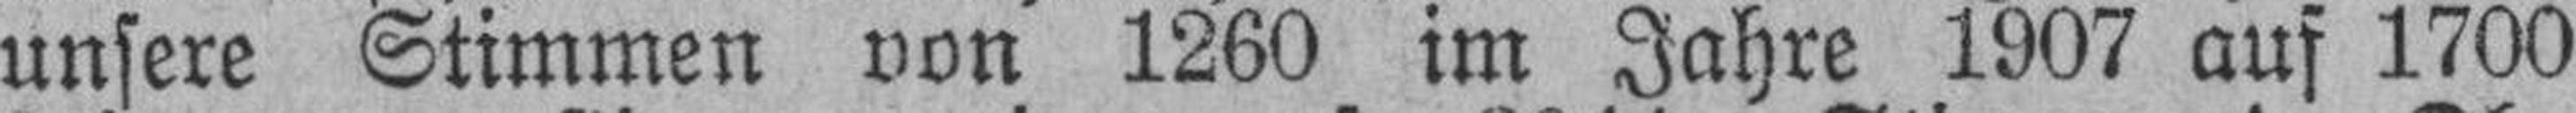
unsere Stimmen von 1260 im Jahre 1907 auf 1700